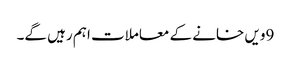
9ویں خانے کے معاملات اہم رہیں گے۔